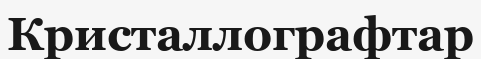
Кристаллографтар